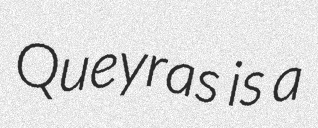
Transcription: Queyras is a